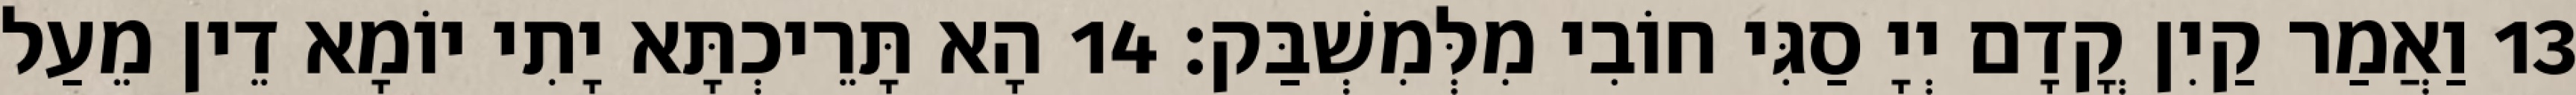
13 וַאֲמַר קַיִן קֳדָם יְיָ סַגִּי חוֹבִי מִלְּמִשְׁבַּק׃ 14 הָא תָּרֵיכְתָּא יָתִי יוֹמָא דֵין מֵעַל